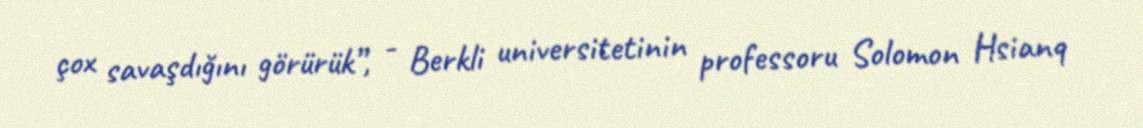
çox savaşdığını görürük”, - Berkli universitetinin professoru Solomon Hsianq